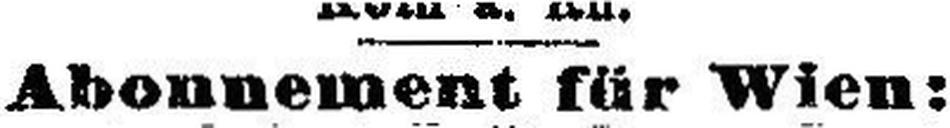
Abonnement für Wien: